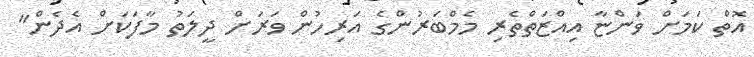
އޮތް ކަމަށް ވަންޏާ އިއްޒަތްތެރި މެމްބަރުންގެ އަރިހުން ވަރަށް ދީލަތު މާފަކަށް އެދެން"